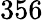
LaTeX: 356